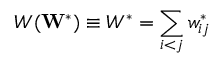
W ( \mathbf { W } ^ { * } ) \equiv W ^ { * } = \sum _ { i < j } w _ { i j } ^ { * }